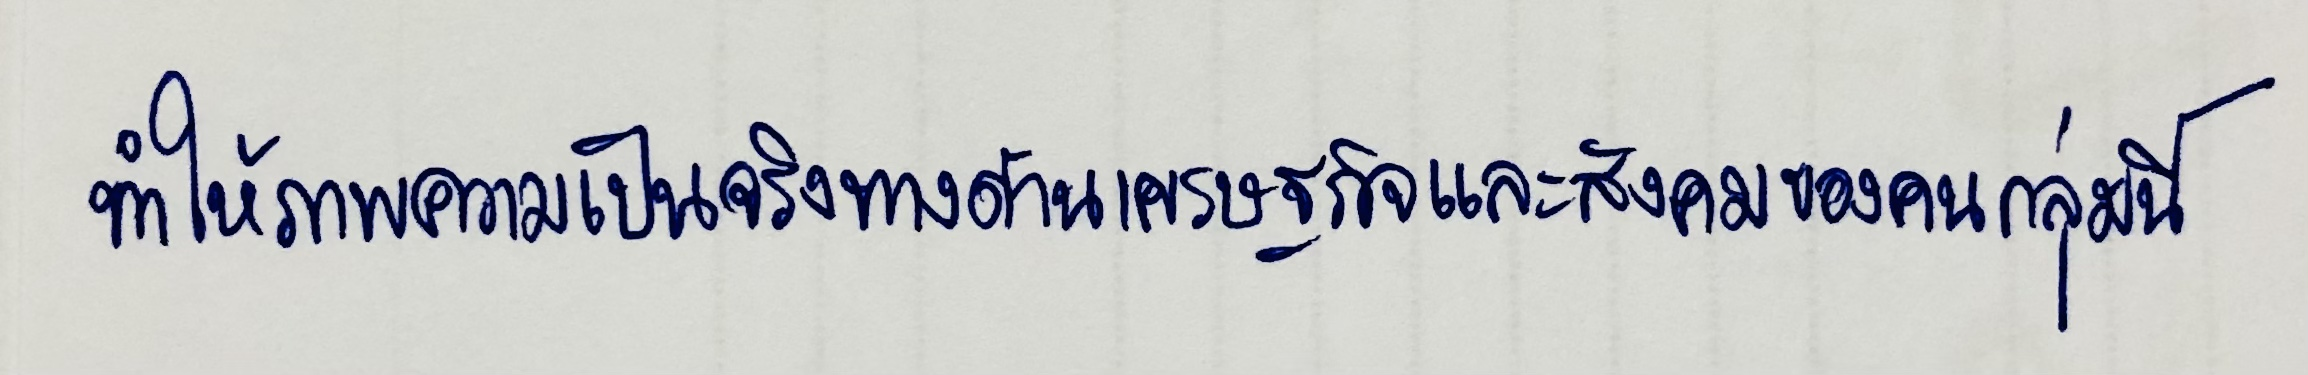
ทำให้ภาพความเป็นจริงทางด้านเศรษฐกิจและสังคมของคนกลุ่มนี้